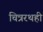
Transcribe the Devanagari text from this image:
चित्ररथही